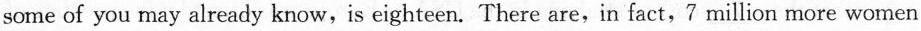
some of you may already know,is eighteen. There are,in fact,7 million more women